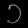
Digit: ၁